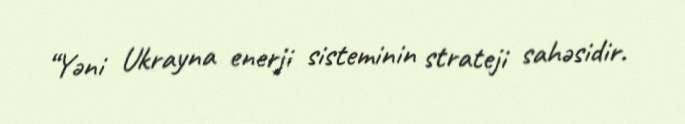
“Yəni Ukrayna enerji sisteminin strateji sahəsidir.